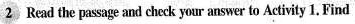
2 Read the passage and check your answer to Activity 1, Find